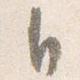
自